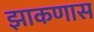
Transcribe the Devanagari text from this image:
झाकणास